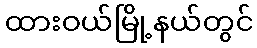
ထားဝယ်မြို့နယ်တွင်